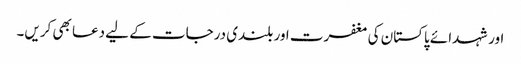
اور شہدائے پاکستان کی مغفرت اور بلندی درجات کے لیے دعا بھی کریں۔